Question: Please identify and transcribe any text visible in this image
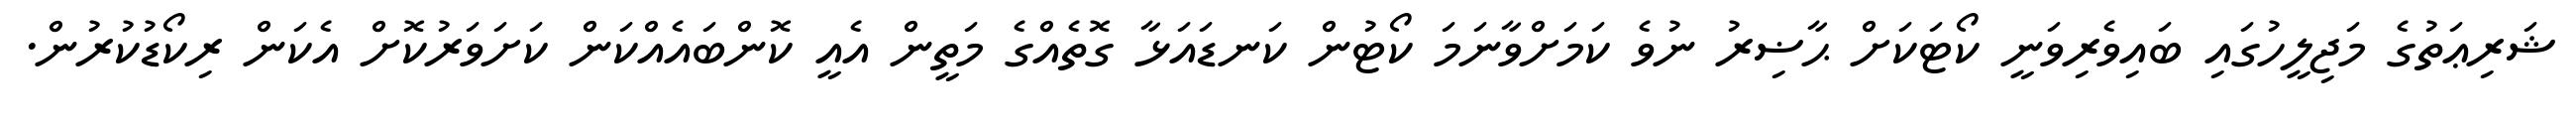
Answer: ޝަރިޢަތުގެ މަޖިލީހުގައި ބައިވެރިވަނީ ކޯޓަކަށް ޙާޟިރު ނުވެ ކަމަށްވާނަމަ ކޯޓުން ކަނޑައަޅާ ގޮތެއްގެ މަތީން އެއީ ކޮންބައެއްކަން ކަށަވަރުކޮށް އެކަން ރިކޯޑުކުރުން.